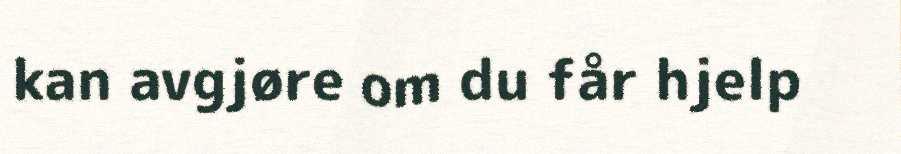
kan avgjøre om du får hjelp